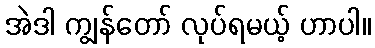
အဲဒါ ကျွန်တော် လုပ်ရမယ့် ဟာပါ။